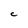
Character: C